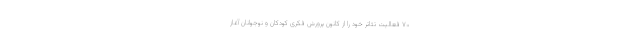
۷۰ فعالیت تئاتر خود را از کانون پرورش فکری کودکان و نوجوانان آغاز